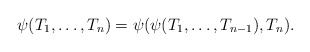
\begin{align*} \psi(T_1,\ldots,T_n) = \psi(\psi(T_1,\ldots,T_{n-1}), T_n).\end{align*}